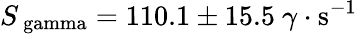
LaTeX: S_{\mathrm{\ gamma}}=110.1\pm 15.5~\gamma\cdot\mathrm{s^{-1}}